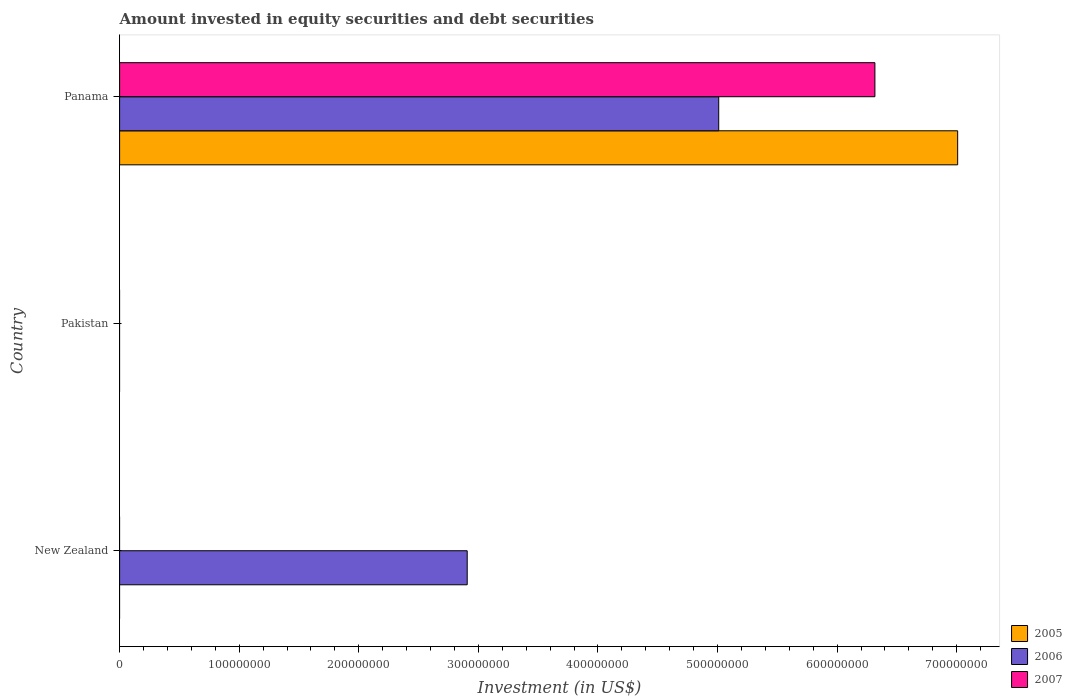
| Country | 2005 | 2006 | 2007 |
 | --- | --- | --- | --- |
 | New Zealand | -7.21e+07 | 2.91e+08 | -9.26e+09 |
 | Pakistan | -7.7e+08 | -1.97e+09 | -2.09e+09 |
 | Panama | 7.01e+08 | 5.01e+08 | 6.32e+08 |